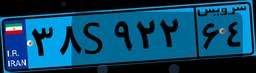
۷۹S۱۲۵۶۰